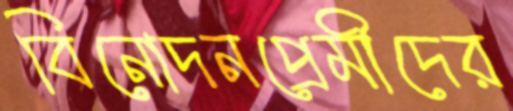
বিনোদনপ্রেমীদের